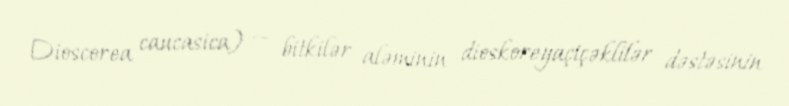
Dioscorea caucasica) — bitkilər aləminin dioskoreyaçiçəklilər dəstəsinin